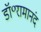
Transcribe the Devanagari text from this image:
डॉ॰रामानंद